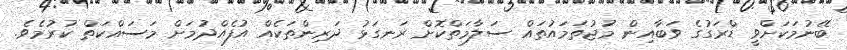
ބޭނުމަކަށްވީ ޑްރަގުގެ ވަބާއިން މުޖުތަމައުތައް ސަލާމަތްކޮށް ރަނގަޅު ދަރިންތަކެއް އުފެއްދުމަށް މަސައްކަތް ކުރުމެވެ.